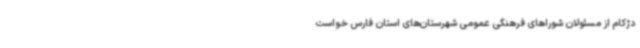
دژکام از مسئولان شوراهای فرهنگی عمومی شهرستان‌های استان فارس خواست